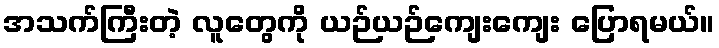
အသက်ကြီးတဲ့ လူတွေကို ယဉ်ယဉ်ကျေးကျေး ပြောရမယ်။